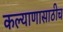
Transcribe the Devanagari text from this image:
कल्याणासाठीच